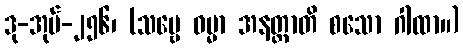
ဒု-အုပ်-၂၅၆၊ (သဗ္ဗေ ဓမ္မာ အနတ္တာတိ စသော ဂါထာ။)